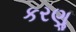
કરણૢ